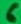
Text: 6